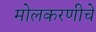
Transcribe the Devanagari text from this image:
मोलकरणीचे